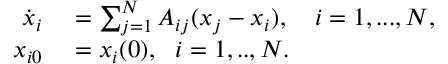
\begin{array} { r l } { \dot { x } _ { i } } & { { } = \sum _ { j = 1 } ^ { N } A _ { i j } ( x _ { j } - x _ { i } ) , \ \ \ i = 1 , . . . , N , } \\ { x _ { i 0 } } & { { } = x _ { i } ( 0 ) , \ \ i = 1 , . . , N . } \end{array}